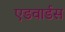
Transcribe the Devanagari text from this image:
एडवार्डस